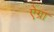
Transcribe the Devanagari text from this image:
ऐग्रा